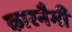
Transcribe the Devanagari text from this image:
कारनैगी